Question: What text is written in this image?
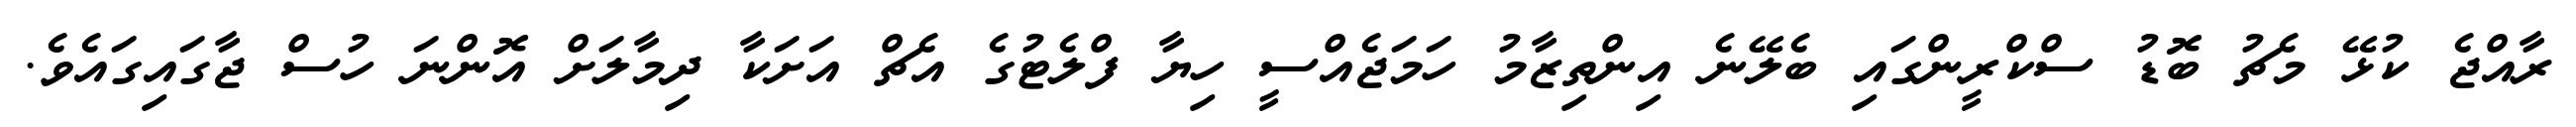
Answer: ރާއްޖެ ކުޅޭ މެޗު ބޮޑު ސްކްރީންގައި ބެލޭނެ އިންތިޒާމު ހަމަޖެއްސީ ހިޔާ ފްލެޓުގެ އެޗް އަށަކާ ދިމާލަށް އޮންނަ ހުސް ޖާގައިގައެވެ.